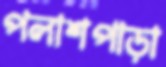
পলাশপাড়া